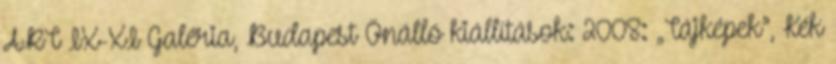
ART IX-XI Galéria, Budapest Önálló kiállítások: 2008: „Tájképek”, Kék